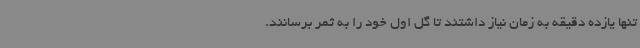
تنها یازده دقیقه به زمان نیاز داشتند تا گل اول خود را به ثمر برسانند.